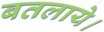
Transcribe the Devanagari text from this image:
बतलाये।